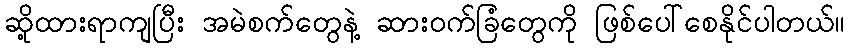
ဆို့ထားရာကျပြီး အမဲစက်တွေနဲ့ ဆားဝက်ခြံတွေကို ဖြစ်ပေါ်စေနိုင်ပါတယ်။